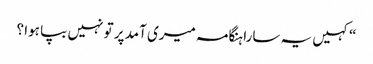
“کہیں یہ سارا ہنگامہ میری آمد پر تو نہیں بپا ہوا ؟